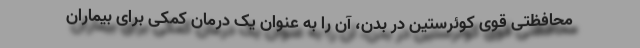
محافظتی قوی کوئرستین در بدن، آن را به عنوان یک درمان کمکی برای بیماران